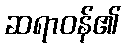
ဆရာဝန်၏